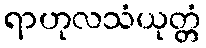
ရာဟုလသံယုတ္တံ